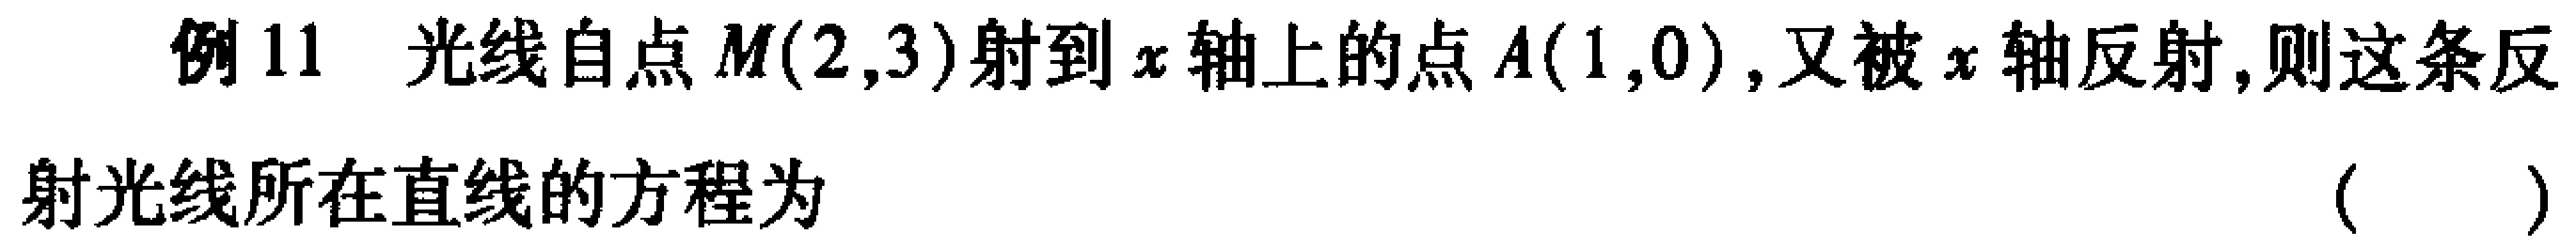
例11 光线自点\(M(2,3)\)射到\(x\)轴上的点\(A(1,0)\)，又被\(x\)轴反射，则这条反射光线所在直线的方程为 （  ）